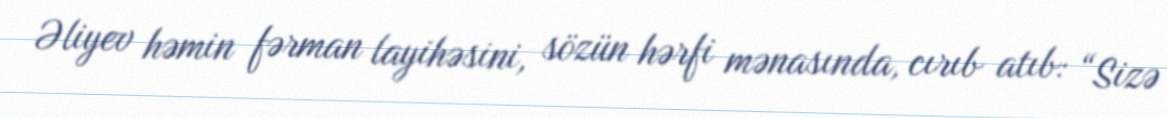
Əliyev həmin fərman layihəsini, sözün hərfi mənasında, cırıb atıb: “Sizə